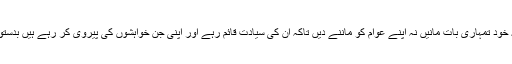
مقصد صرف یہ ہے کہ نہ یہ خود تمہاری بات مانیں نہ اپنے عوام کو ماننے دیں تاکہ ان کی سیادت قائم رہے اور اپنی جن خواہشوں کی پیروی کر رہے ہیں بدستور ان کی پیروی کرتے رہیں۔